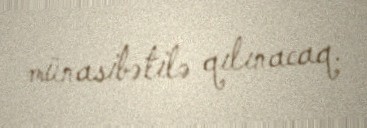
münasibətilə qılınacaq.